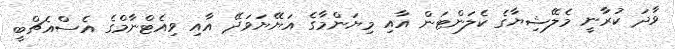
ވާދަ ކުރާނީ މެލޭޝިޔާގެ ކެލަންޓަން އާއި މިޔަންމާގެ އަޔޭޔަވަދޭ އާއި ވިއެޓްނާމްގެ އެސްއެޗްބީ